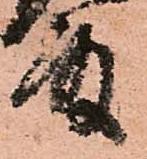
殿